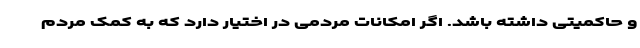
و حاکمیتی داشته باشد. اگر امکانات مردمی در اختیار دارد که به کمک مردم